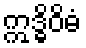
ဣဒ္ဓိဝိဓံ